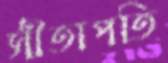
সীতাপতি